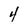
Character: 4